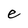
Character: e